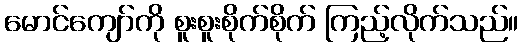
မောင်ကျော်ကို စူးစူးစိုက်စိုက် ကြည့်လိုက်သည်။